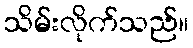
သိမ်းလိုက်သည်။